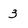
Character: 3